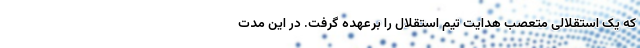
که یک استقلالی متعصب هدایت تیم استقلال را برعهده گرفت. در این مدت